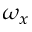
\omega _ { x }